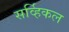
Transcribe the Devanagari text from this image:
सर्व्हिकल